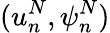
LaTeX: (u_{n}^{N},\psi_{n}^{N})